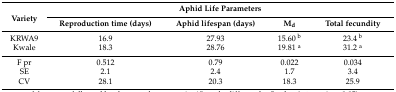
| <ROWSPAN=2> Variety | <COLSPAN=4> Aphid Life Parameters |
 | Reproduction time (days) | Aphid lifespan (days) | Md | Total fecundity |
 | --- | --- | --- | --- | --- |
 | KRWA9 | 16.9 | 27.93 | 15.60 b | 23.4 b |
 | Kwale | 18.3 | 28.76 | 19.81 a | 31.2 a |
 | F pr | 0.512 | 0.79 | 0.022 | 0.034 |
 | SE | 2.1 | 2.4 | 1.7 | 3.4 |
 | CV | 28.1 | 20.3 | 18.3 | 25.9 |